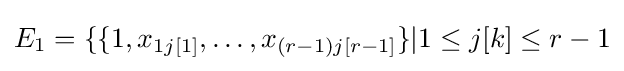
E_{1}=\{\{1,x_{1j[1]},\ldots ,x_{(r-1)j[r-1]}\}|1\leq j[k]\leq r-1